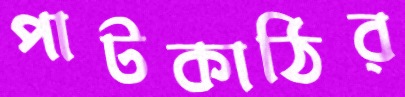
পাটকাঠির